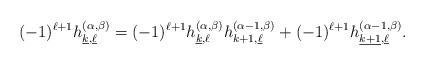
LaTeX: \begin{align*} (-1)^{\ell+1}h_{\underline{k},\underline{\ell}}^{(\alpha,\beta)}=(-1)^{\ell+1}h_{\underline{k},{\ell}}^{(\alpha,\beta)}h_{{k+1}, {\underline{\ell}}}^{(\alpha-1,\beta)}+(-1)^{\ell+1}h_{\underline{k+1},{\underline{\ell}}}^{(\alpha-1,\beta)}. \end{align*}